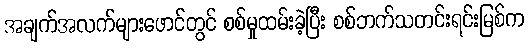
အချက်အလက်များဖောင်တွင် စစ်မှုထမ်းခဲ့ပြီး စစ်ဘက်သတင်းရင်းမြစ်က